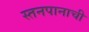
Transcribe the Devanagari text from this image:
स्तनपानाची